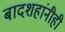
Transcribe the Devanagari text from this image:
बादशहांनीही